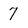
Character: 7